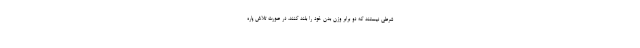
شرطی نیستند که دو برابر وزن بدن خود را بلند کنند، در صورت تلاش پاره